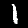
Digit: 1